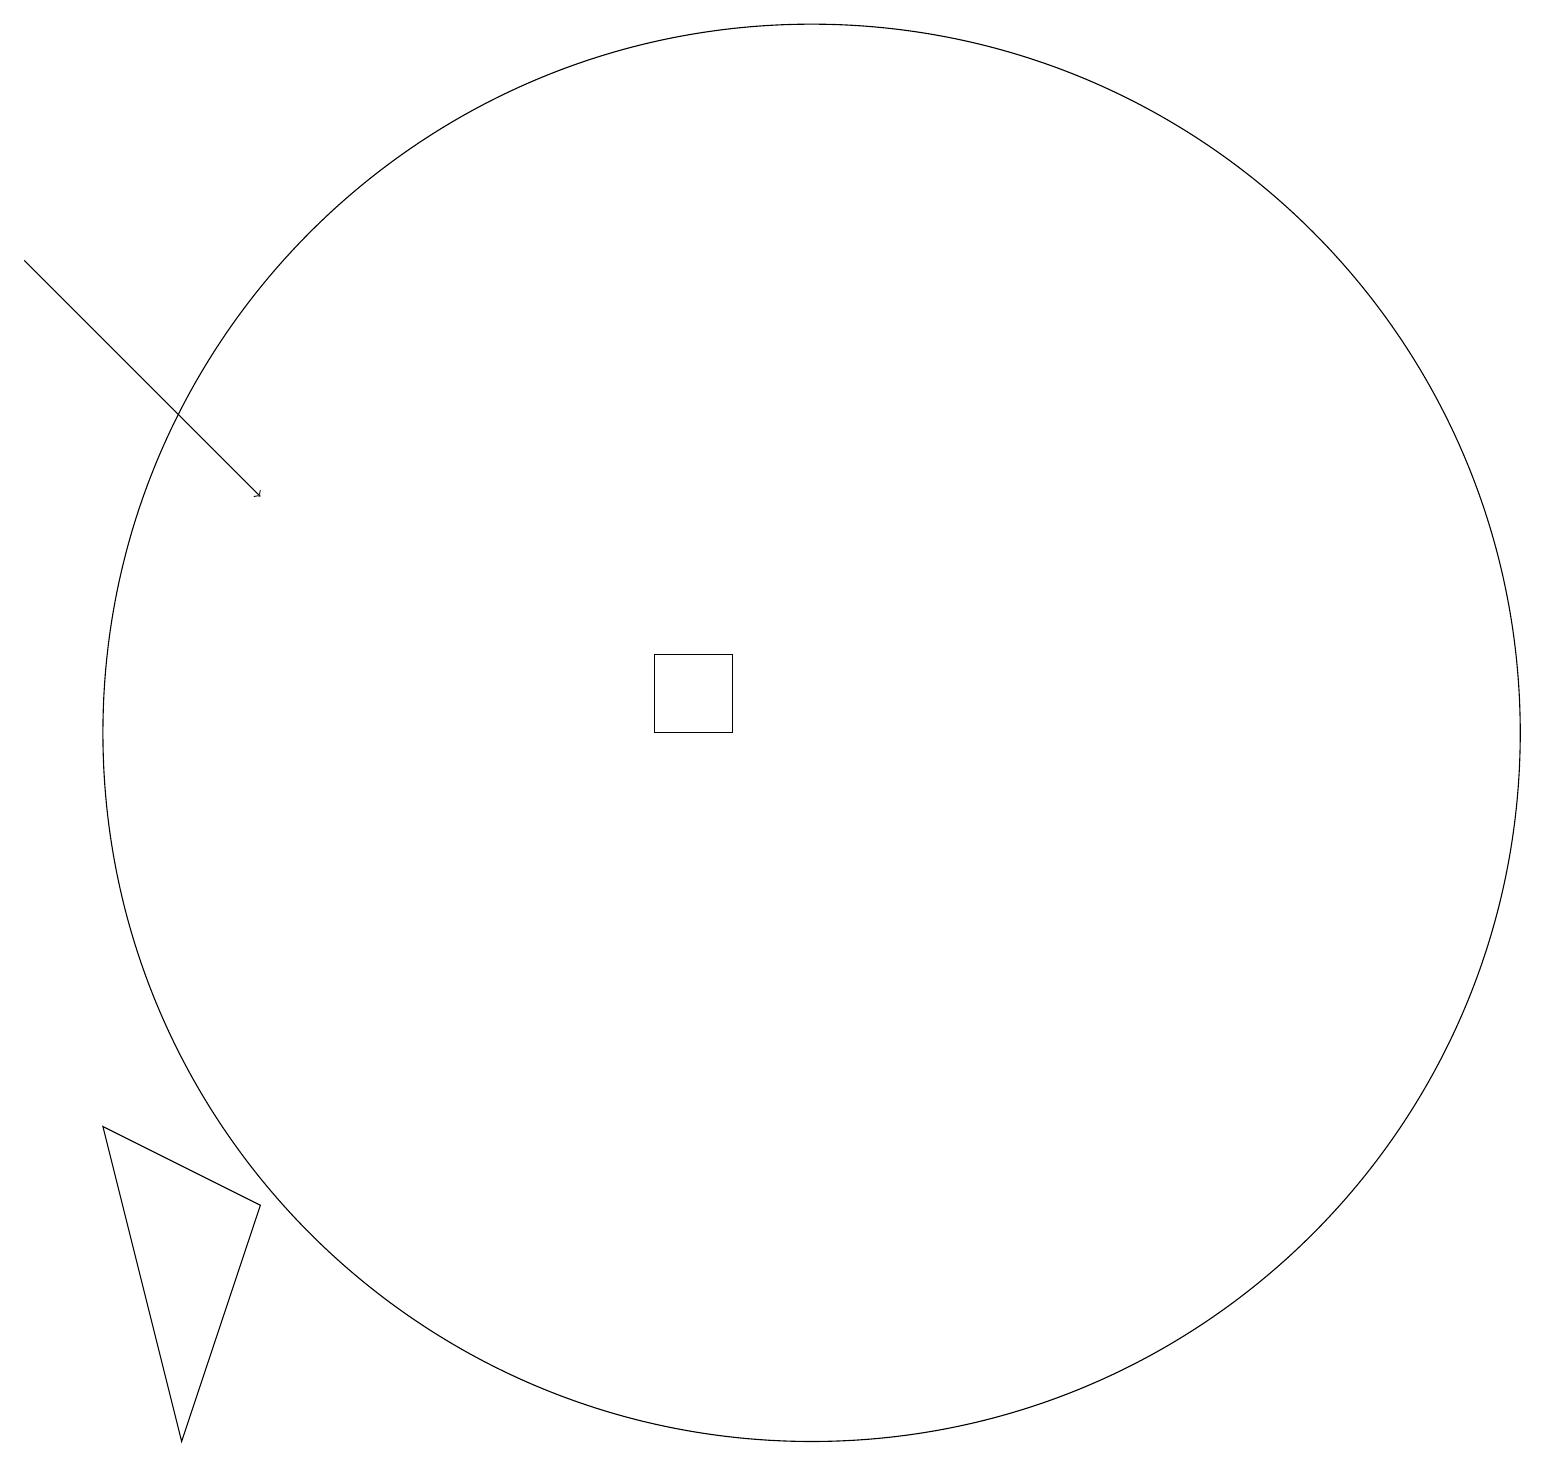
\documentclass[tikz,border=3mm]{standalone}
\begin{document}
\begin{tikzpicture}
\draw (8,10) rectangle (9,11);
\draw (1,5) -- (2,1) -- (3,4) -- cycle;
\draw (10,10) circle (9);
\draw[->] (0,16) -- (3,13);
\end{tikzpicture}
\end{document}